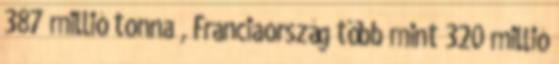
387 millió tonna , Franciaország több mint 320 millió